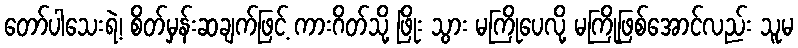
တော်ပါသေးရဲ့၊ စိတ်မှန်းဆချက်ဖြင့် ကားဂိတ်သို့ ဖြိုး သွား မကြိုပေလို့ မကြိုဖြစ်အောင်လည်း သူမ